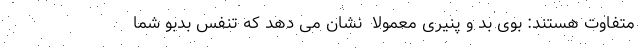
متفاوت هستند: بوی بد و پنیری معمولا ً نشان می دهد که تنفس بدبو شما